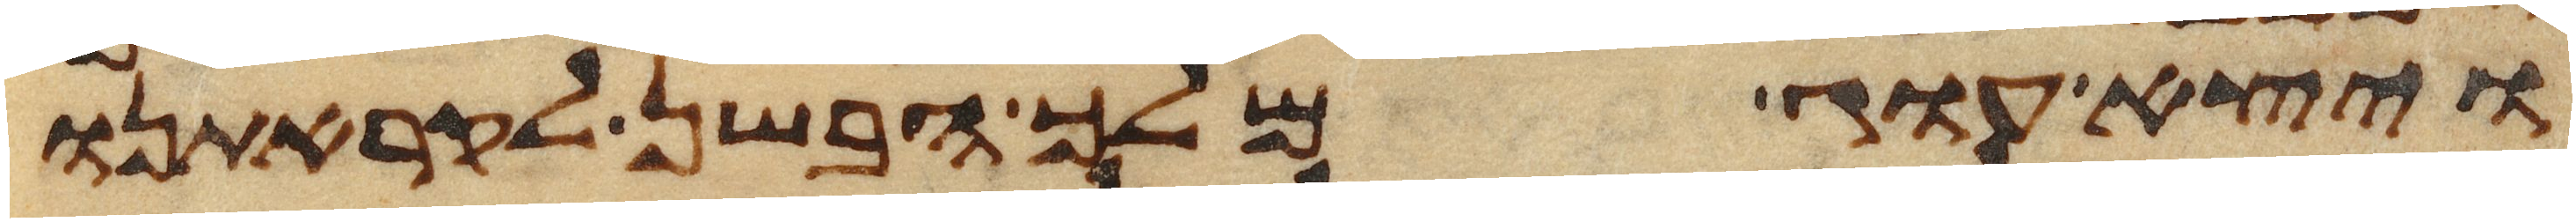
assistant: ויצא עוג מלך הבשן לקראתנו